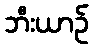
ဘီးယာဉ်